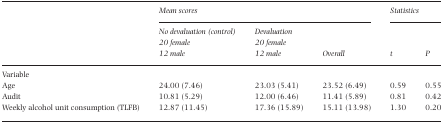
<table><thead><tr><td></td><td colspan="3"><b>Mean scores</b></td><td colspan="2"><b>Statistics</b></td></tr><tr><td></td><td><b>No devaluation (control)</b></td><td><b>Devaluation</b></td><td rowspan="3"><b>Overall</b></td><td rowspan="3"><b>t</b></td><td rowspan="3"><b>P</b></td></tr><tr><td></td><td><b>20 female</b></td><td><b>20 female</b></td></tr><tr><td></td><td><b>12 male</b></td><td><b>12 male</b></td></tr></thead><tbody><tr><td colspan="6">Variable</td></tr><tr><td>Age</td><td>24.00 (7.46)</td><td>23.03 (5.41)</td><td>23.52 (6.49)</td><td>0.59</td><td>0.55</td></tr><tr><td>Audit</td><td>10.81 (5.29)</td><td>12.00 (6.46)</td><td>11.41 (5.89)</td><td>0.81</td><td>0.42</td></tr><tr><td>Weekly alcohol unit consumption (TLFB)</td><td>12.87 (11.45)</td><td>17.36 (15.89)</td><td>15.11 (13.98)</td><td>1.30</td><td>0.20</td></tr></tbody></table>